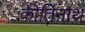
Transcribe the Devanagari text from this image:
कीर्तिनाथ